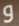
و